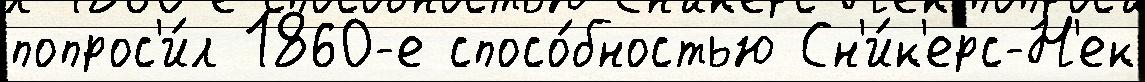
попрос'и́л 1860-е спосо́бностью Сн'и́к'ерс-Н'ек